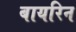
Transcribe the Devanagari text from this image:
बायरिन